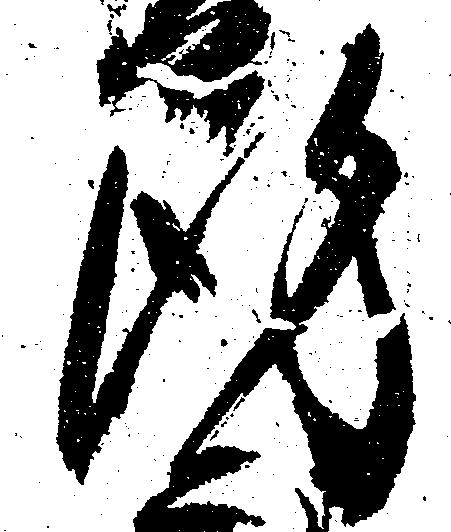
謹